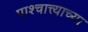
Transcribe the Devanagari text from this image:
पाश्चात्त्याच्या